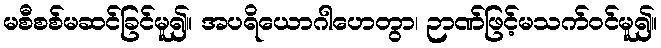
မစီစစ်မဆင်ခြင်မူ၍။ အပရိယောဂါဟေတွာ၊ ဉာဏ်ဖြင့်မသက်ဝင်မူ၍။